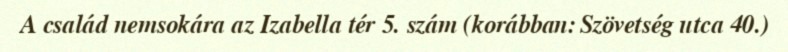
A család nemsokára az Izabella tér 5. szám (korábban: Szövetség utca 40.)